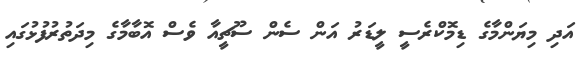
އަދި މިޔަންމާގެ ޑިމޮކްރެސީ ލީޑަރު އަން ސެން ސޫޗީއާ ވެސް އޮބާމާގެ މިދަތުރުފުޅުގައި